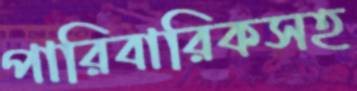
পারিবারিকসহ